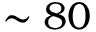
\sim 8 0